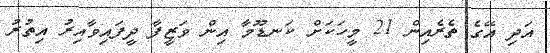
އަދި އޭގެ ތެރެއިން 21 މީހަކަށް ކަނޑޫމާ އިން ވަޒީފާ ދީފައިވާއިރު އިތުރު